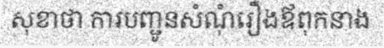
សុខាថា ការបញ្ជូនសំណុំរឿងឪពុកនាង